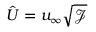
\hat { \boldsymbol { U } } = u _ { \infty } \sqrt { \mathcal { J } }